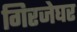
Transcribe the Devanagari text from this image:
गिरजेघर